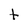
Character: t